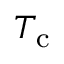
T _ { \mathrm { c } }